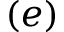
( e )